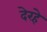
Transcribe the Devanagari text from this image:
देरहे